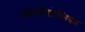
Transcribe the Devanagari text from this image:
नकलीकोशिका